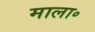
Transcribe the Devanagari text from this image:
माला॰